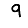
Digit: 9